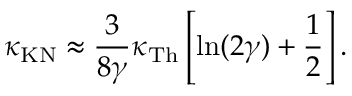
\kappa _ { \mathrm { K N } } \approx \frac { 3 } { 8 \gamma } \kappa _ { \mathrm { T h } } \left[ \ln ( 2 \gamma ) + \frac { 1 } { 2 } \right] .